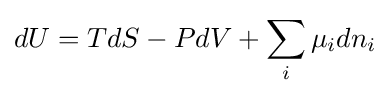
dU=TdS-PdV+\sum _{i}\mu _{i}dn_{i}